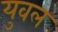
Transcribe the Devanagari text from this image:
युवल